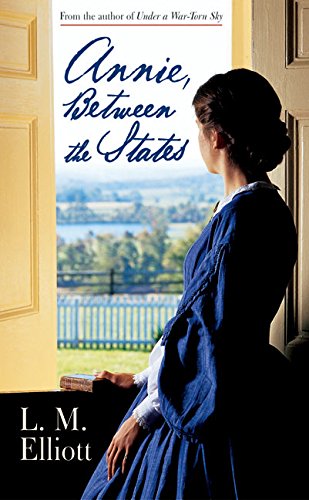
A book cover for Annie, Between the States; L. M. Elliott; Teen & Young Adult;